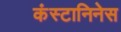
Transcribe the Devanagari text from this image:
कंस्टानिनेस